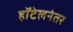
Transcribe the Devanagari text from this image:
हॉटेलनंतर